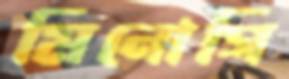
মিনোগি